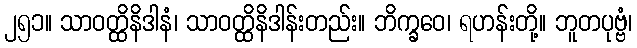
၂၅၁။ သာဝတ္ထိနိဒါနံ၊ သာဝတ္ထိနိဒါန်းတည်း။ ဘိက္ခဝေ၊ ရဟန်းတို့။ ဘူတပုဗ္ဗံ၊